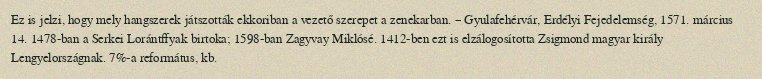
Ez is jelzi, hogy mely hangszerek játszották ekkoriban a vezető szerepet a zenekarban. – Gyulafehérvár, Erdélyi Fejedelemség, 1571. március 14. 1478-ban a Serkei Lorántffyak birtoka; 1598-ban Zagyvay Miklósé. 1412-ben ezt is elzálogosította Zsigmond magyar király Lengyelországnak. 7%-a református, kb.